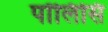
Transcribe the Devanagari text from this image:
पॉलिसि